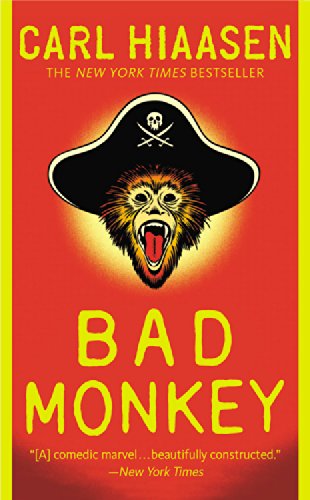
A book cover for Bad Monkey; Carl Hiaasen; Humor & Entertainment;